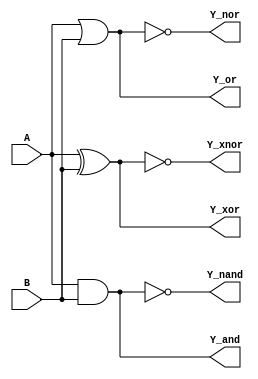
// Behavioral code for Logic gates
module logic_gate_behavioral(input A,
                           input B,
                           output reg Y_and,
						   output reg Y_nand,
						   output reg Y_nor,
						   output reg Y_or,
						   output reg Y_xnor,
						   output reg Y_xor);
  
always @(A or B)
 begin
  Y_and=A&B;
  Y_nand=~(A&B);
  Y_or=A|B;
  Y_nor=~(A|B);
  Y_xor=A^B;
  Y_xnor=~(A^B);
  end;
endmodule